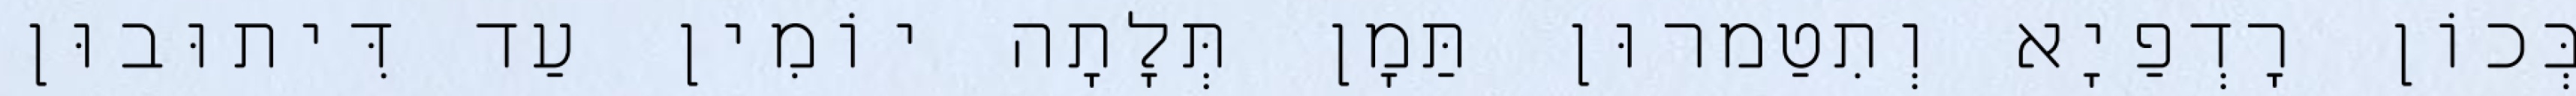
בְּכוֹן רָדְפַיָא וְתִטַמרוּן תַּמָן תְּלָתָה יוֹמִין עַד דִּיתוּבוּן